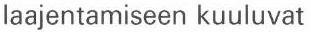
laajentamiseen kuuluvat